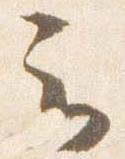
云